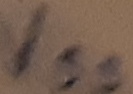
Text: VSS